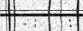
- :     :